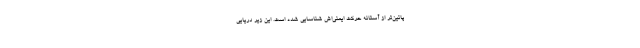
پائین‌تر از آستانه حرکت ایمنی‌اش شناسایی شده است. این زیر دریایی